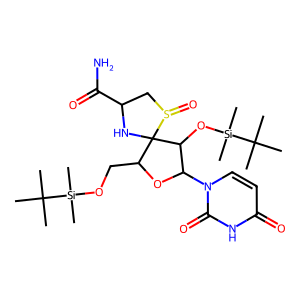
SMILES: CC(C)(C)[Si](C)(C)OCC1OC(n2ccc(=O)[nH]c2=O)C(O[Si](C)(C)C(C)(C)C)C12NC(C(N)=O)CS2=O
Inhibits HIV replication: No